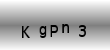
Text: KgPn3